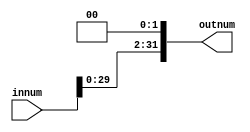
module ShiftLeft(innum, outnum);

input [31:0] innum;
output [31:0] outnum;

assign outnum = innum<<2;

endmodule

module ShiftLeft16(innum, outnum);

input [0:15] innum;
output [0:31] outnum;

assign outnum = innum << 16;

endmodule